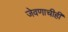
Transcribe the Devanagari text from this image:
जेवणाचीही